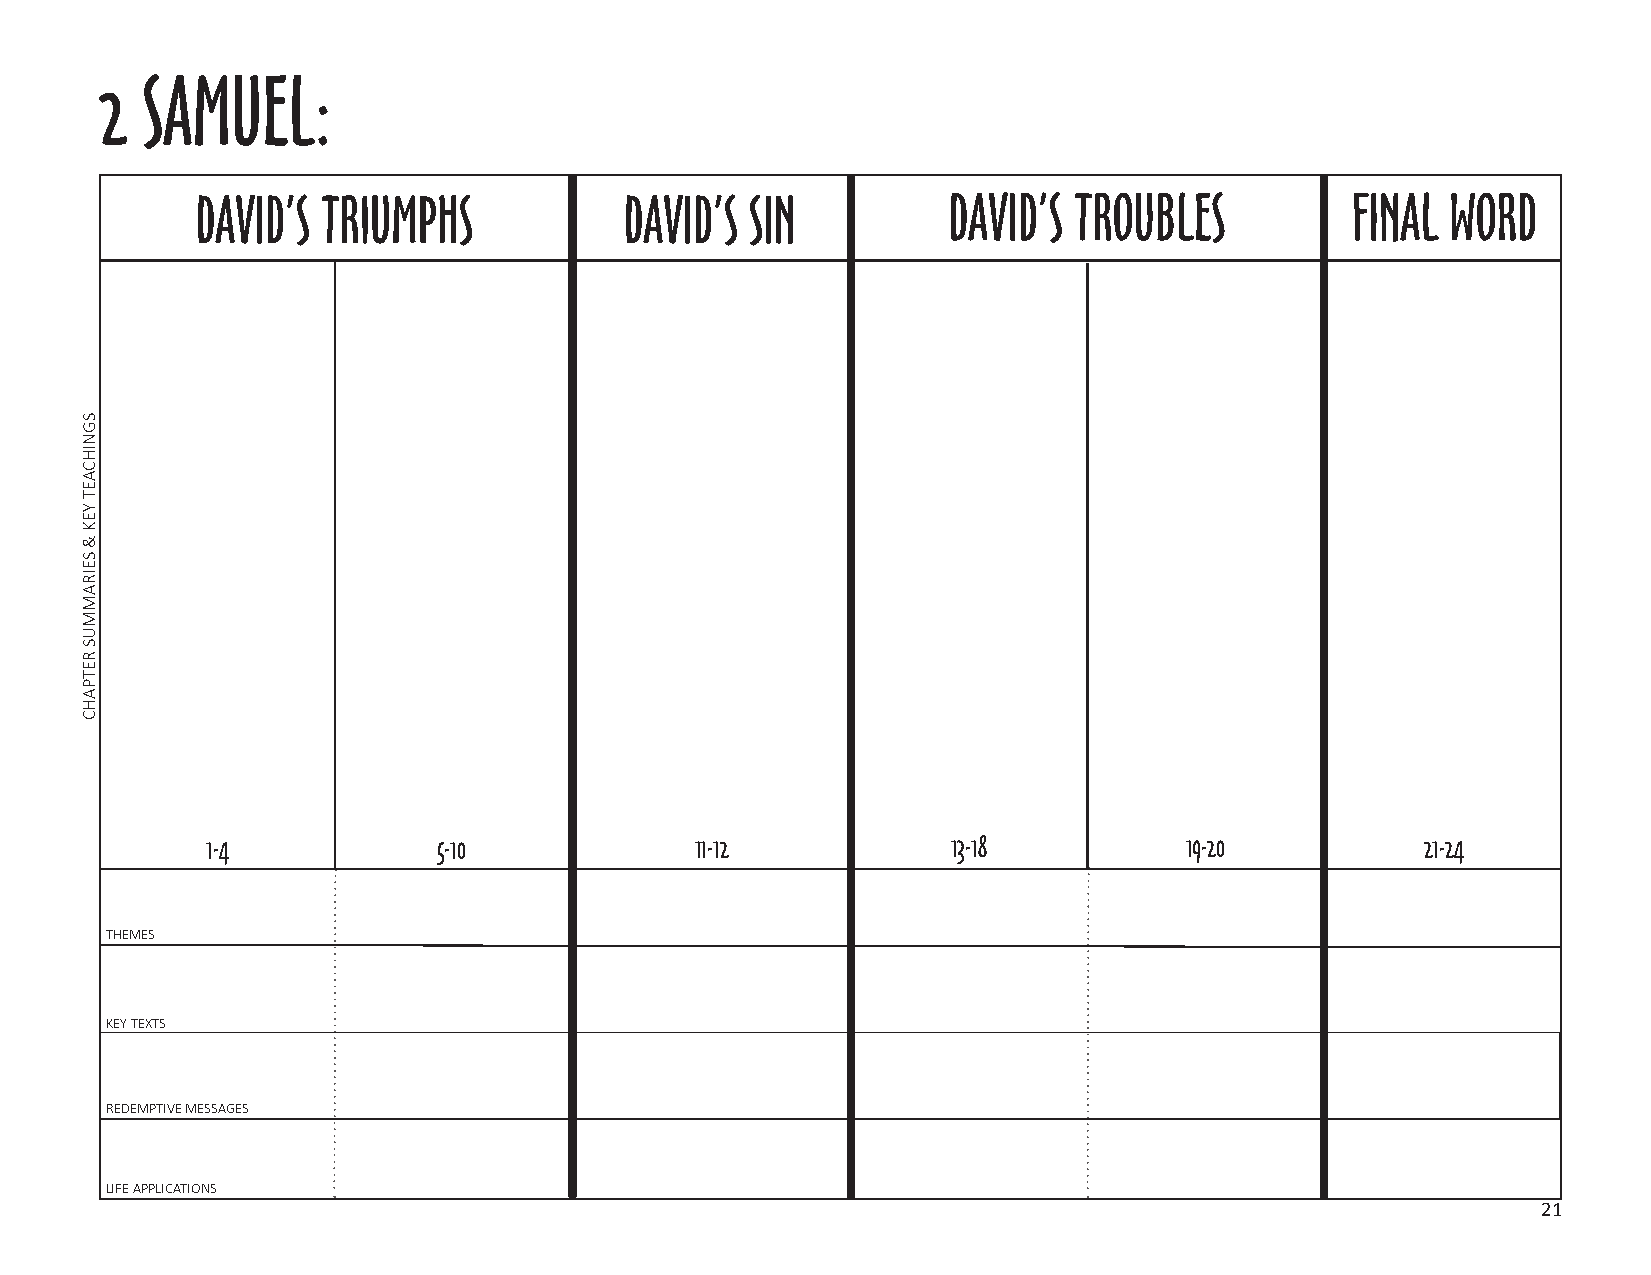
2 SAMUEL:
 DAVID’S TRIUMPHS            DAVID’S  SIN          DAVID’S TROUBLES          FINAL  WORD
 1-4            5-10             11-12            13-18          19-20           21-24
 THEMES
 KEY TEXTS
 REDEMPTIVE MESSAGES
 LIFE APPLICATIONS
 21
 SGNIHCAET
 YEK
 &
 SEIRAMMUS
 RETPAHC